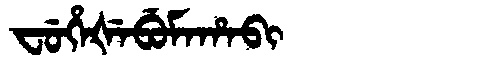
Manchu: ᠸᡠᡥᡝᡧᡝᠪᡠᠮᠠᡥᠠᠪᡳ
Romanization: FUHEŠEBUMAHABI